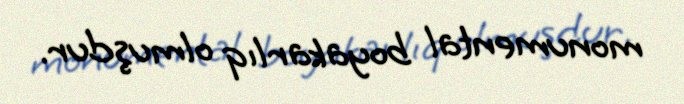
monumental boyakarlıq olmuşdur.